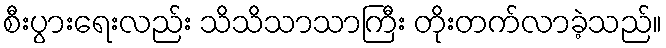
စီးပွားရေးလည်း သိသိသာသာကြီး တိုးတက်လာခဲ့သည်။